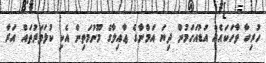
ހުރިހާ ވާހަކައެއް އަޑުއަހަމުން ދިޔަ އަމްނާގެ ޢާއިލާގެ މޫނުމަތިން އެކި ކުލަވަރުތައް އަރާ